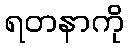
ရတနာကို